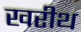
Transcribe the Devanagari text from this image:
खरीथ